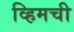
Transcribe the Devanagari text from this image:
व्हिमची